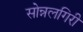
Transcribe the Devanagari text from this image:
सोन्नलगिरी